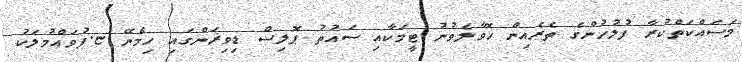
މަސައްކަތްކުރާ ފުލުހުންގެ ތެރެއިން ހޮވާލެވުނު ޓީމަކާއި ސައުތު ޕޮލިސް ޑިވިޜަންގައި ހިމެނޭ ޏ.ފުވައްމުލަކު